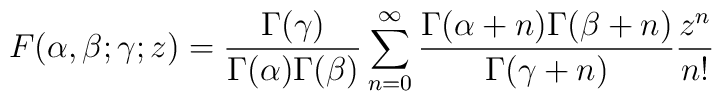
F(\alpha,\beta;\gamma;z)=\frac{\Gamma(\gamma)}{\Gamma(\alpha)\Gamma(\beta)}\sum_{n=0}^\infty\frac{\Gamma(\alpha+n)\Gamma(\beta+n)}{\Gamma(\gamma+n)}\frac{z^n}{n!}